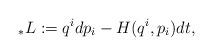
LaTeX: \begin{align*}{_{*}L}:=q^{i}dp_{i}-H(q^{i},p_{i})dt,\end{align*}